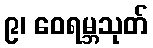
၉၊ ဝေရမ္ဘသုတ်